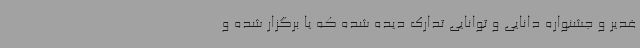
غدیر و جشنواره دانایی و توانایی تدارک دیده شده که یا برگزار شده و